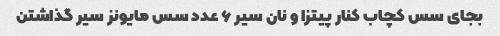
بجای سس کچاب کنار پیتزا و نان سیر ۶ عدد سس مایونز سیر گذاشتن